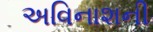
અવિનાશની